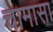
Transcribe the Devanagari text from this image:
चामासा